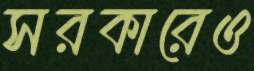
সরকারেও